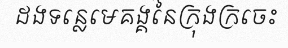
ដងទន្លេមេគង្គនៃក្រុងក្រចេះ